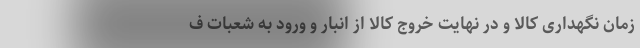
زمان نگهداری کالا و در نهایت خروج کالا از انبار و ورود به شعبات ف